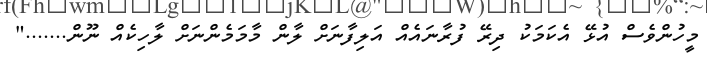
މީހުންވެސް އުޅޭ އެކަމަކު ދިރޭ ފުރާނައެއް އަލިފާނަށް ލާން މާމަމެންނަށް ލާހިކެއް ނޫން......."